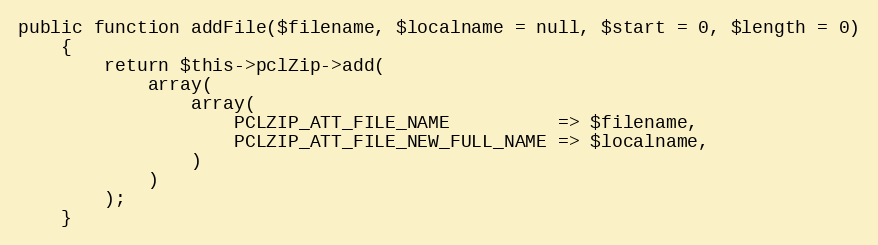
Language: PHP
public function addFile($filename, $localname = null, $start = 0, $length = 0)
    {
        return $this->pclZip->add(
            array(
                array(
                    PCLZIP_ATT_FILE_NAME          => $filename,
                    PCLZIP_ATT_FILE_NEW_FULL_NAME => $localname,
                )
            )
        );
    }